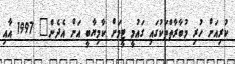
ކުރިއަށް ހުރި މުބާރާތްތަކުގައި ގައުމީ ޓީމަށް ކާމިޔާބީ އަށް އެދެން" 1997 އާއި